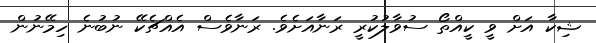
ޝިކާ އަށް ވީ ކީއްތޯ ސުވާލުކުރީ ރަނާއަށެވެ. ރަނާވެސް އެއްޗެކޭ ނުބުނެ ހިމޭނުން